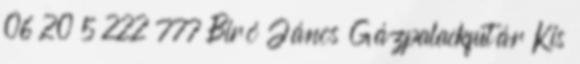
06 20 5 222 777 Biró János Gázpalackfutár Kis